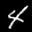
Label: 4